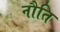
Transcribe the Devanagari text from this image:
नौति